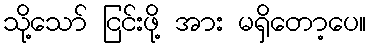
သို့သော် ငြင်းဖို့ အား မရှိတော့ပေ။